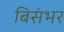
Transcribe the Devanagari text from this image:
बिसंभर